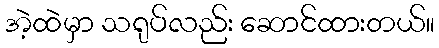
အဲ့ထဲမှာ သရုပ်လည်း ဆောင်ထားတယ်။